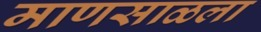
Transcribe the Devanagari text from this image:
माणसाळला